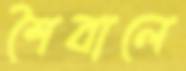
শৈবালে